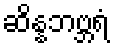
ဆိန္နဘဗ္ဘရံ